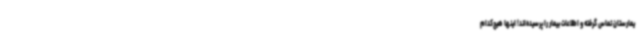
یمارستان تماس گرفته‌ و اطلاعات بیمار را پرسیده‌اند! اینها هیچ‌کدام